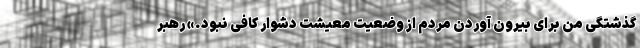
گذشتگی من برای بیرون آوردن مردم از وضعیت معیشت دشوار کافی نبود.» رهبر